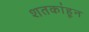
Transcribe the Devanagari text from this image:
शतकांहून